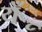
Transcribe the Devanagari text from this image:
यँू